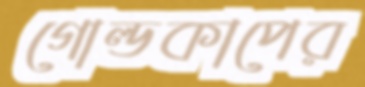
গোল্ডকাপের